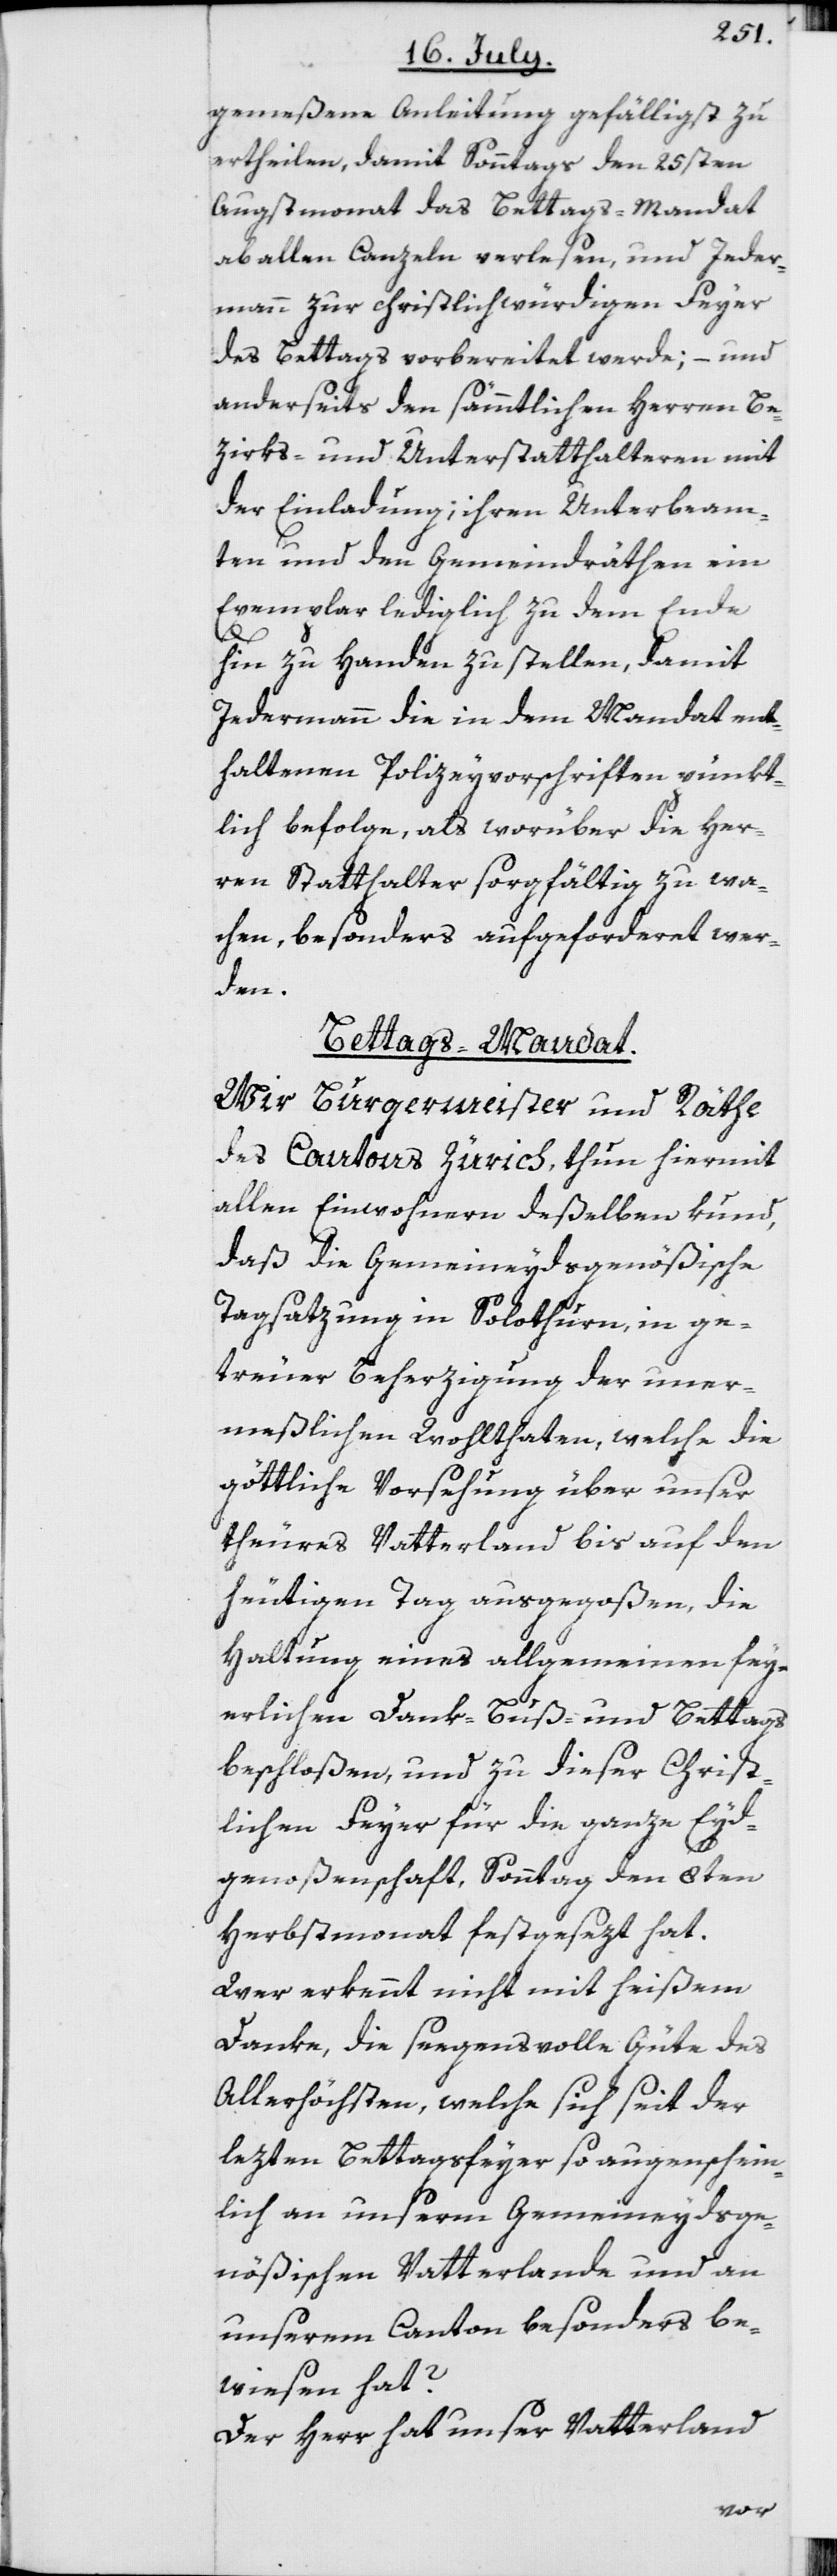
gemeßene Anleitung gefälligst zu
ertheilen, damit Sonntags den 25sten
Augstmonat das Bettags-Mandat
ab allen Canzeln verlesen, und Jeder¬
mann zur christlichwürdigen Feyer
des Bettags vorbereitet werde; – und
anderseits den sämmtlichen Herren Be¬
zirks- und Unterstatthalteren mit
der Einladung; ihren Unterbeam¬
ten und den Gemeindräthen ein
Exemplar lediglich zu dem Ende
hin zu Handen zu stellen, damit
Jedermann die in dem Mandat ent¬
haltenen Polizeyvorschriften pünkt¬
lich befolge, als worüber die Her¬
ren Statthalter sorgfältig zu wa¬
chen, besonders aufgeforderet wer¬
den.
Bettags-Mandat.
Wir Burgermeister und Räthe
des Canton Zürich, thun hiermit
allen Einwohnern deßelben kund,
daß die Gemeineydsgenößische
Tagsatzung in Solothurn, in ge¬
treuer Beherzigung der uner¬
meßlichen Wohlthaten, welche die
göttliche Vorsehung über unser
theures Vatterland bis auf den
heutigen Tag ausgegoßen, die
Haltung eines allgemeinen fey¬
erlichen Dank-[,] Buß- und Bettags
beschloßen, und zu dieser Christ¬
lichen Feyer für die ganze Eyd¬
genoßenschaft, Sonntag den 8ten
Herbstmonat festgesezt hat.
Wer erkennt nicht mit heißem
Danke, die segensvolle Güte des
Allerhöchsten, welche sich seit der
lezten Bettagsfeyer so augenschein¬
lich an unserm Gemeineydsge¬
nößischen Vatterlande und an
unserem Canton besonders be¬
wiesen hat?
Der Herr hat unser Vatterland